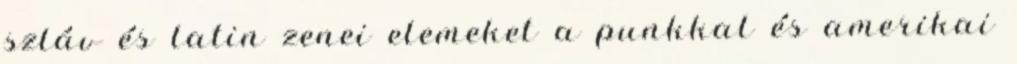
szláv és latin zenei elemeket a punkkal és amerikai